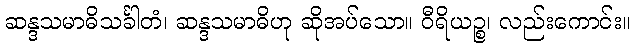
ဆန္ဒသမာဓိသင်္ခါတံ၊ ဆန္ဒသမာဓိဟု ဆိုအပ်သော။ ဝီရိယဉ္စ၊ လည်းကောင်း။